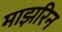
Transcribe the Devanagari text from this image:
माझरिन